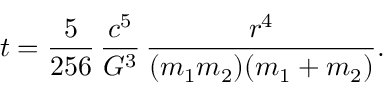
t = { \frac { 5 } { 2 5 6 } } \, { \frac { c ^ { 5 } } { G ^ { 3 } } } \, { \frac { r ^ { 4 } } { ( m _ { 1 } m _ { 2 } ) ( m _ { 1 } + m _ { 2 } ) } } .